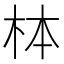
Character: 𪱻